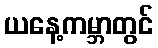
ယနေ့ကမ္ဘာတွင်